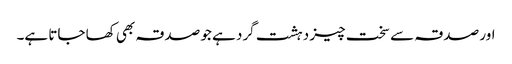
اور صدقہ سے سخت چیز دہشت گرد ہے جو صدقہ بھی کھا جاتا ہے۔